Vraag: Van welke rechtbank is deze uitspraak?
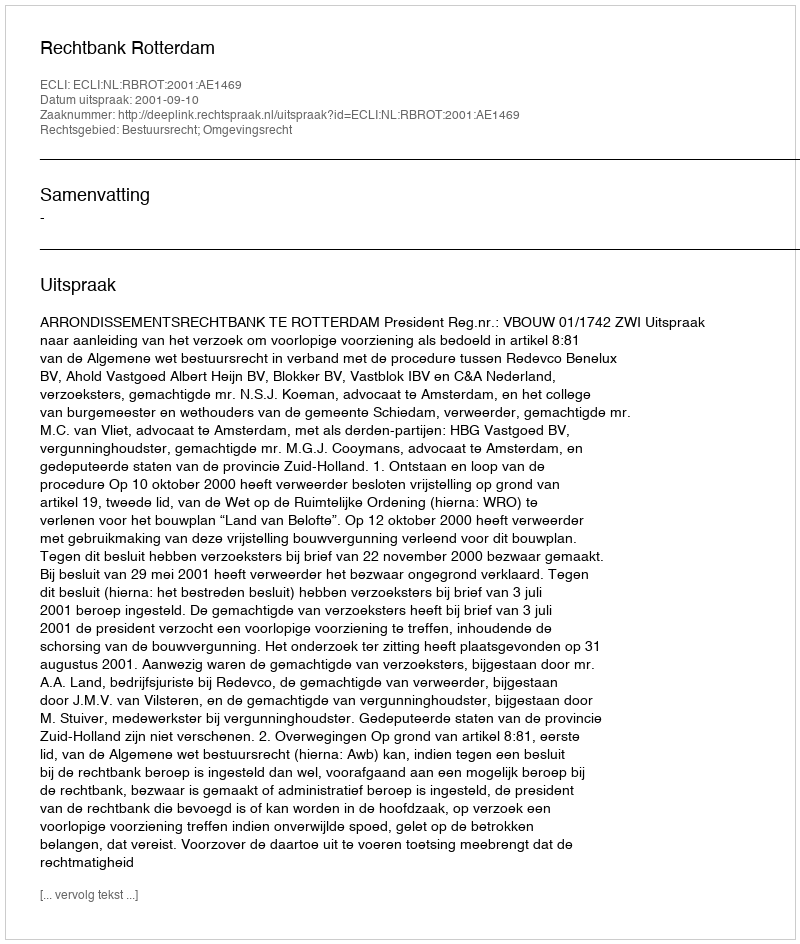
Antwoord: Rechtbank Rotterdam